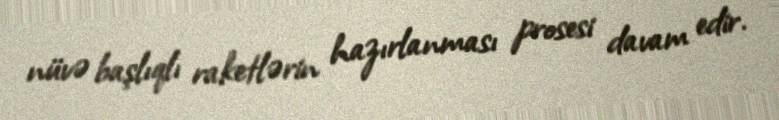
nüvə başlıqlı raketlərin hazırlanması prosesi davam edir.